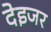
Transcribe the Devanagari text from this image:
देइजर